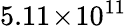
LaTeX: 5.11\! \times\! 10^{11}